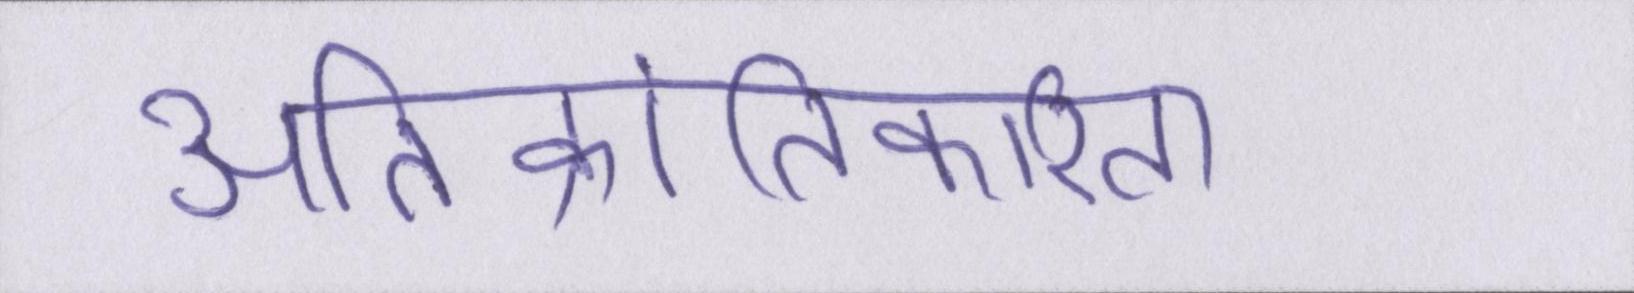
अतिक्रांतिकारिता